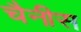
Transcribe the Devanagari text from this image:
चैनीस